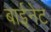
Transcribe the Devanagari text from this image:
बाईनेट